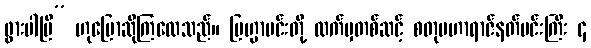
ဖွားပါပြီ” ဟုပြောဆိုကြလေသည်။ ဗြဟ္မာမင်းတို့ လက်မှတစ်ဆင့် စတုမဟာရာဇ်နတ်မင်းကြီး ၄